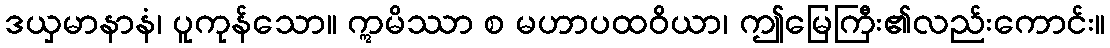
ဒယှမာနာနံ၊ ပူကုန်သော။ ဣမိဿာ စ မဟာပထဝိယာ၊ ဤမြေကြီး၏လည်းကောင်း။